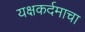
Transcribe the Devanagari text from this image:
यक्षकर्दमाचा